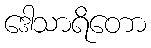
ဒေါသာရိတော